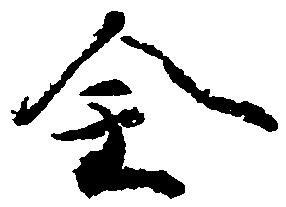
全